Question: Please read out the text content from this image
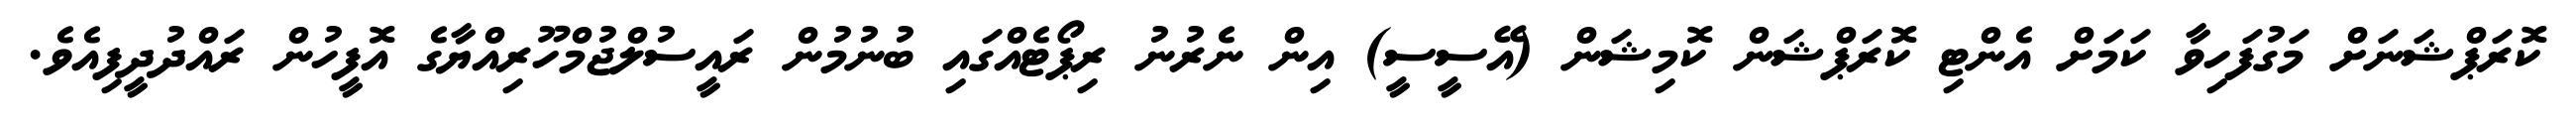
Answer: ކޮރަޕްޝަނަށް މަގުފަހިވާ ކަމަށް އެންޓި ކޮރަޕްޝަން ކޮމިޝަން (އޭސީސީ) އިން ނެރުނު ރިޕޯޓެއްގައި ބުނުމުން ރައީސުލްޖުމްހޫރިއްޔާގެ އޮފީހުން ރައްދުދީފިއެވެ.